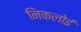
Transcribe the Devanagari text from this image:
निकलोई